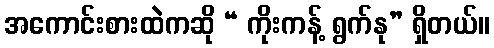
အကောင်းစားထဲကဆို “ ကိုးကန့် ရွက်နု” ရှိတယ်။